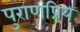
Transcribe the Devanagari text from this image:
पुराणप्रिय